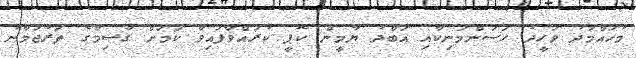
މުހައްމަދު ވަހީދު ހަސަންމަނިކާއި އަބްދު ޔާމީން ކޮޕީ ކުރައްވާފައިވާ ކަމަށް ގާސިމްގެ ތަރުޖަމާނު